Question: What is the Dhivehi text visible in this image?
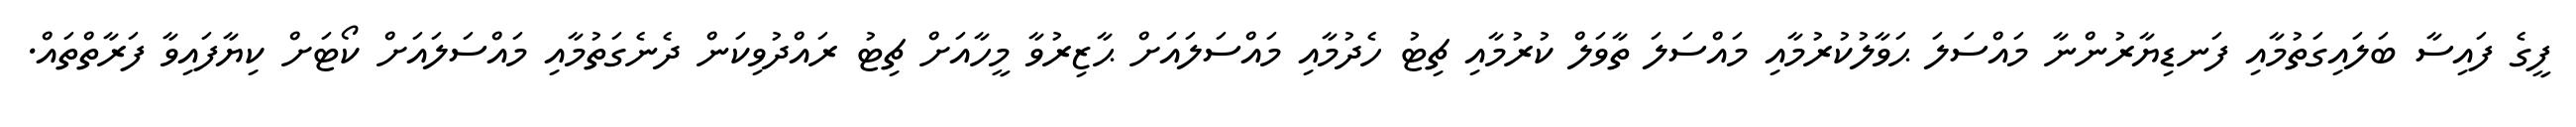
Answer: ފީގެ ފައިސާ ބަލައިގަތުމާއި ފަނޑިޔާރުންނާ މައްސަލަ ޙަވާލުކުރުމާއި މައްސަލަ ތާވަލް ކުރުމާއި ޗިޓު ހެދުމާއި މައްސަލައަށް ޙާޒިރުވާ މީހާއަށް ޗިޓު ރައްދުވިކަން ދެނެގަތުމާއި މައްސަލައަށް ކޯޓަށް ކިޔާފައިވާ ފަރާތްތައް.